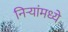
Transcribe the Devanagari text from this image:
निऱ्यांमध्ये